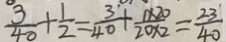
\frac { 3 } { 4 0 } + \frac { 1 } { 2 } = \frac { 3 } { 4 0 } + \frac { 1 \times 2 0 } { 2 0 \times 2 } = \frac { 2 3 } { 4 0 }